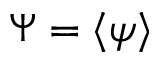
\Psi = \langle \psi \rangle